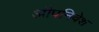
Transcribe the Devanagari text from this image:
औपनिवेश